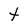
Character: t